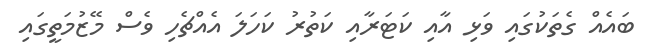
ބައެއް ގެތަކުގައި ވަޅި އާއި ކަޓަރާއި ކަތުރު ކަހަލަ އެއްޗެހި ވެސް މޭޒުމަތީގައި